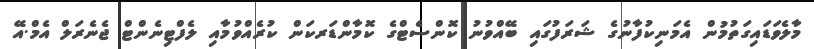
މާލެވަޑައިގަތުމުން އެމަނިކުފާނުގެ ޝަރަފުގައި ބޭއްވުނު ކޮންސެޓްގެ ކޮމާންޑަރކަން ކުރެއްވުމާއި ލެފްޓިނެންޓް ޖެނެރަލް އެމް.އޭ